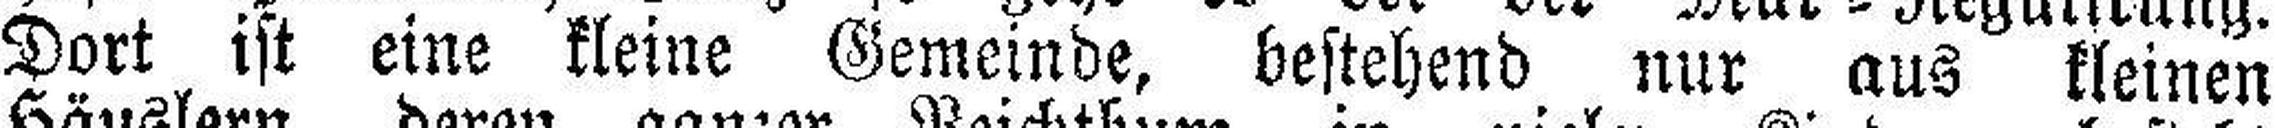
Dort ist eine kleine Gemeinde, bestehend nur aus kleinen